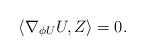
LaTeX: \begin{align*}\langle\nabla_{\phi U}U,Z\rangle=0.\end{align*}